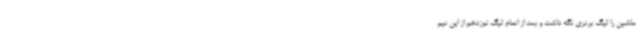
ماشین را لیگ برتری نگه داشت و بعد از اتمام لیگ نوزدهم از این تیم